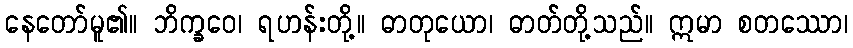
နေတော်မူ၏။ ဘိက္ခဝေ၊ ရဟန်းတို့။ ဓာတုယော၊ ဓာတ်တို့သည်။ ဣမာ စတဿော၊